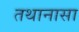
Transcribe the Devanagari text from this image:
तथानासा